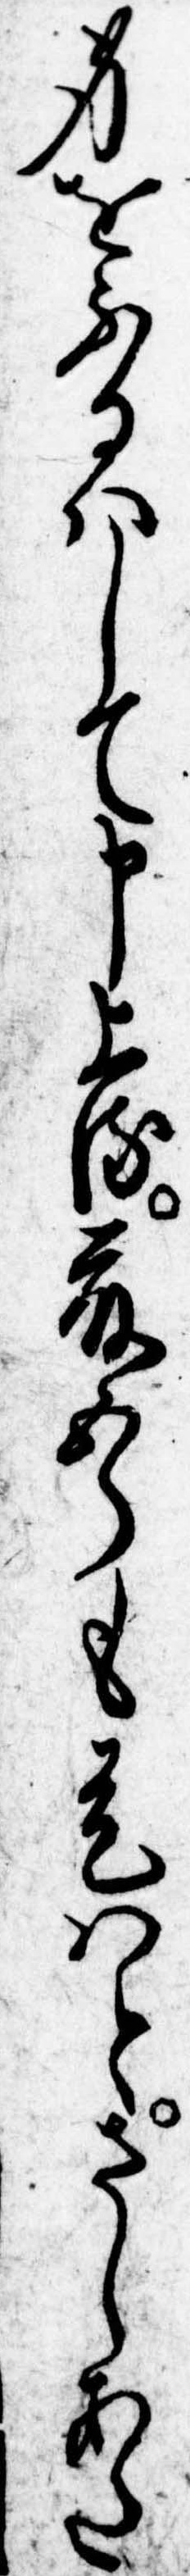
身をふるはして申上る藤五郎も是はとさしあた